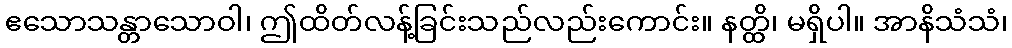
ဧသောသန္တာသောဝါ၊ ဤထိတ်လန့်ခြင်းသည်လည်းကောင်း။ နတ္ထိ၊ မရှိပါ။ အာနိသံသံ၊